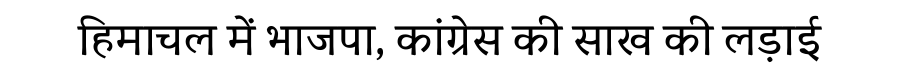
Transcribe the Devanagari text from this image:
हिमाचल में भाजपा, कांग्रेस की साख की लड़ाई